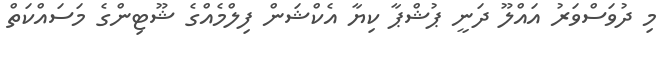
މި ދުވަސްވަރު އައްލޫ ދަނީ ޕުޝްޕާ ކިޔާ އެކްޝަން ފިލްމެއްގެ ޝޫޓިންގެ މަސައްކަތް